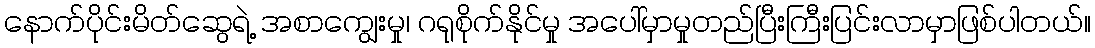
နောက်ပိုင်းမိတ်ဆွေရဲ့ အစာကျွေးမှု၊ ဂရုစိုက်နိုင်မှု အပေါ်မှာမှုတည်ပြီးကြီးပြင်းလာမှာဖြစ်ပါတယ်။